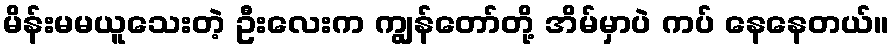
မိန်းမမယူသေးတဲ့ ဦးလေးက ကျွန်တော်တို့ အိမ်မှာပဲ ကပ် နေနေတယ်။